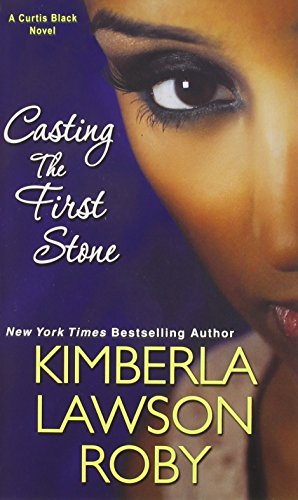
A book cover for Casting The First Stone; Kimberla Lawson Roby; Romance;